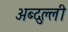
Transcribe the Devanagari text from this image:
अब्दुल्ली